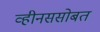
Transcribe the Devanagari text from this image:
व्हीनससोबत